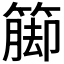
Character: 𮆁